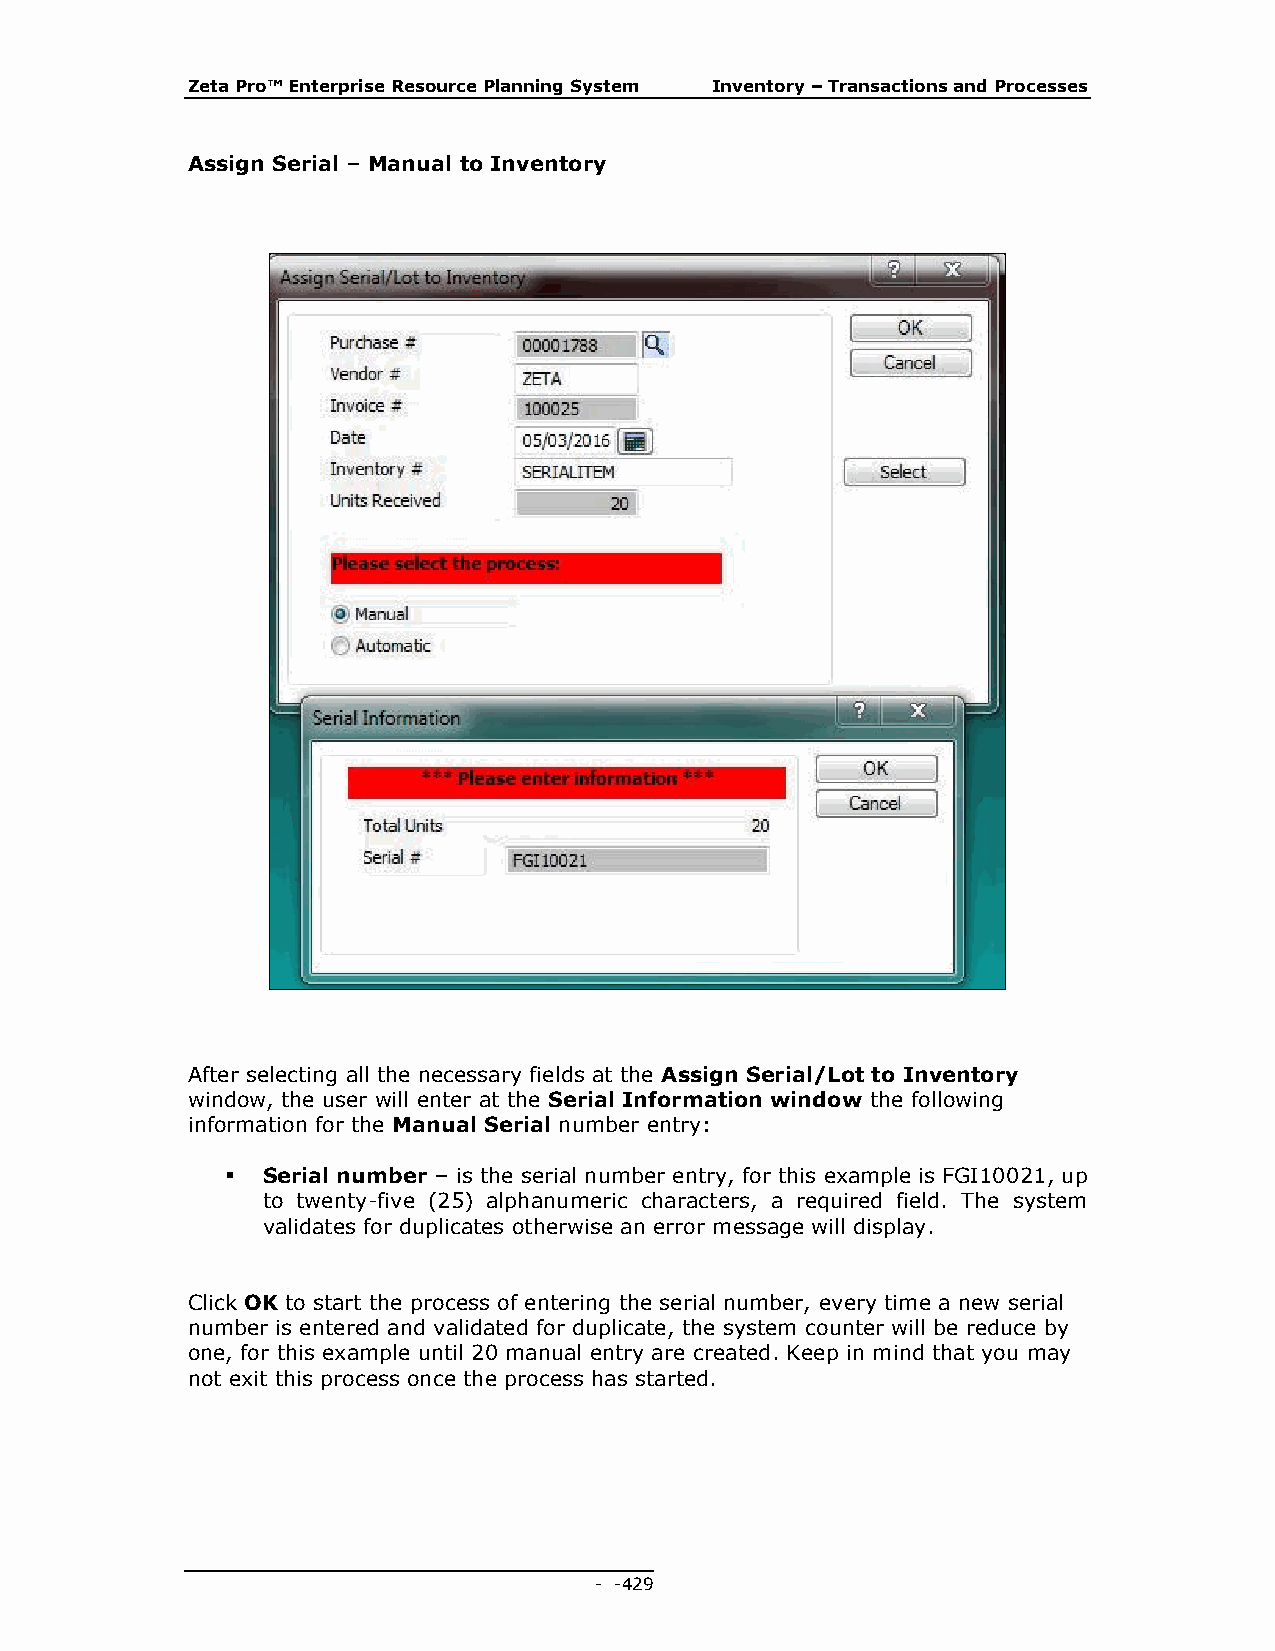
Zeta Pro™ Enterprise Resource Planning System Inventory – Transactions and Processes
 Assign Serial – Manual to Inventory
 After selecting all the necessary fields at the Assign Serial/Lot to Inventory
 window, the user will enter at the Serial Information window the following
 information for the Manual Serial number entry:
  Serial number – is the serial number entry, for this example is FGI10021, up
 to twenty-five (25) alphanumeric characters, a required field. The system
 validates for duplicates otherwise an error message will display.
 Click OK to start the process of entering the serial number, every time a new serial
 number is entered and validated for duplicate, the system counter will be reduce by
 one, for this example until 20 manual entry are created. Keep in mind that you may
 not exit this process once the process has started.
 - - 429